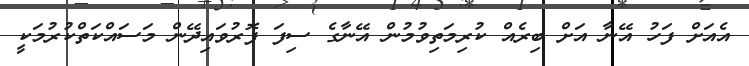
އެއަށް ފަހު އޭނާ އަށް ބިރެއް ކުރިމަތިވުމުން އޭނާގެ ސިފަ ފޮރުވައިދޭން މަސައްކަތްކުރުމަކީ